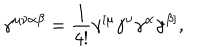
\gamma ^ { \mu \nu \alpha \beta } = \frac { 1 } { 4 ! } \gamma ^ { [ \mu } \gamma ^ { \nu } \gamma ^ { \alpha } \gamma ^ { \beta ] } ,